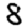
Digit: 8